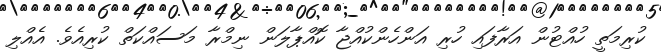
ކުރިމަތީ ހުއްޓުން އަރާފައި ހުރި އަންހެންކުއްޖާ ކޮއްޕާލަން ނިމްރާ މަސައްކަތް ކުރިއެވެ. އެއްލި